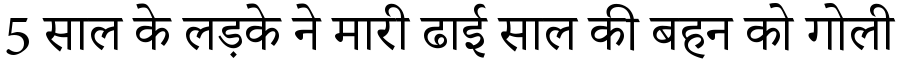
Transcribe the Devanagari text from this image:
5 साल के लड़के ने मारी ढाई साल की बहन को गोली